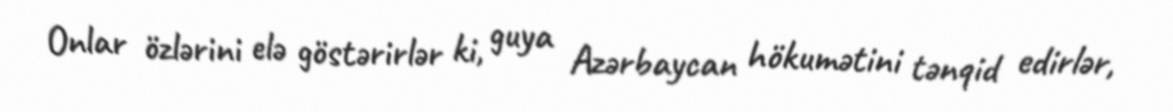
Onlar özlərini elə göstərirlər ki, guya Azərbaycan hökumətini tənqid edirlər,